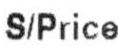
S/PRICE